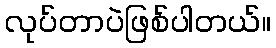
လုပ်တာပဲဖြစ်ပါတယ်။